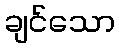
ချင်သော